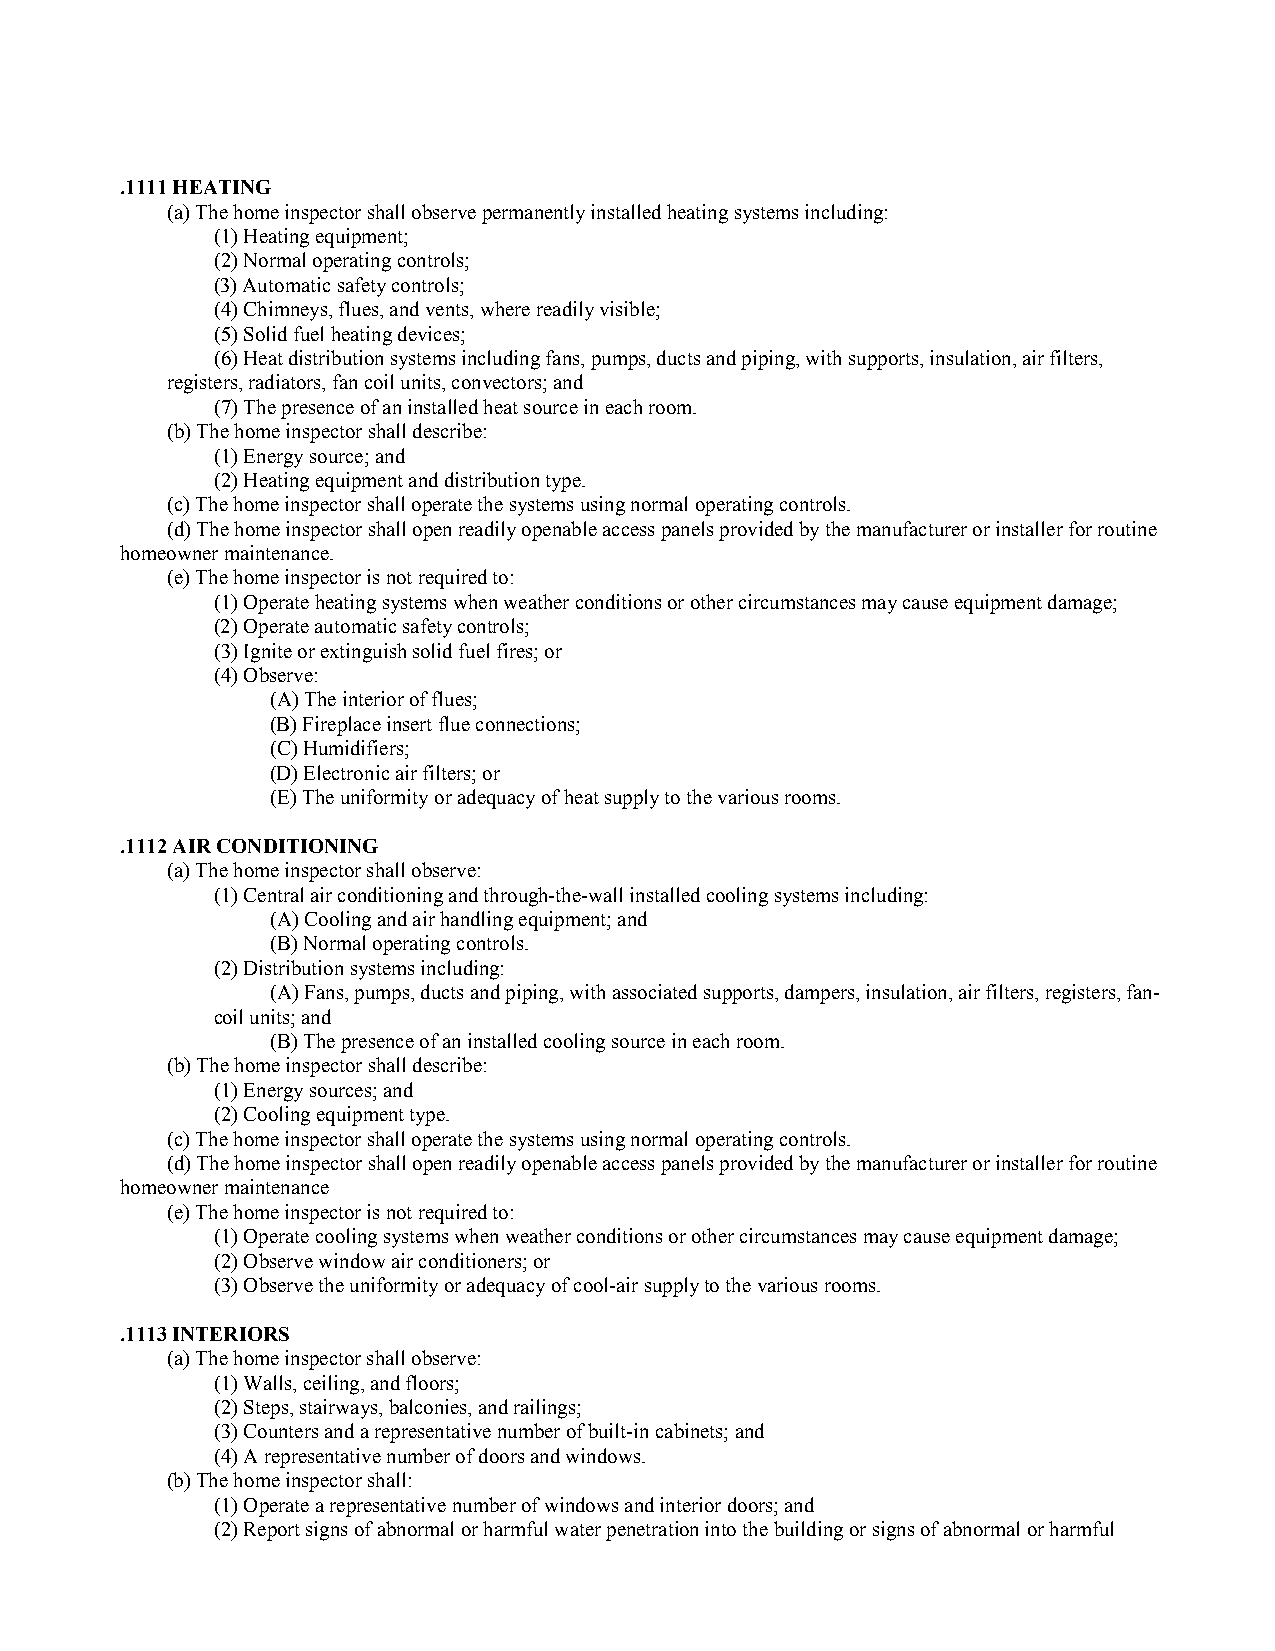
.1111 HEATING
 (a) The home inspector shall observe permanently installed heating systems including:
 (1) Heating equipment;
 (2) Normal operating controls;
 (3) Automatic safety controls;
 (4) Chimneys, flues, and vents, where readily visible;
 (5) Solid fuel heating devices;
 (6) Heat distribution systems including fans, pumps, ducts and piping, with supports, insulation, air filters,
 registers, radiators, fan coil units, convectors; and
 (7) The presence of an installed heat source in each room.
 (b) The home inspector shall describe:
 (1) Energy source; and
 (2) Heating equipment and distribution type.
 (c) The home inspector shall operate the systems using normal operating controls.
 (d) The home inspector shall open readily openable access panels provided by the manufacturer or installer for routine
 homeowner maintenance.
 (e) The home inspector is not required to:
 (1) Operate heating systems when weather conditions or other circumstances may cause equipment damage;
 (2) Operate automatic safety controls;
 (3) Ignite or extinguish solid fuel fires; or
 (4) Observe:
 (A) The interior of flues;
 (B) Fireplace insert flue connections;
 (C) Humidifiers;
 (D) Electronic air filters; or
 (E) The uniformity or adequacy of heat supply to the various rooms.
 .1112 AIR CONDITIONING
 (a) The home inspector shall observe:
 (1) Central air conditioning and through-the-wall installed cooling systems including:
 (A) Cooling and air handling equipment; and
 (B) Normal operating controls.
 (2) Distribution systems including:
 (A) Fans, pumps, ducts and piping, with associated supports, dampers, insulation, air filters, registers, fan-
 coil units; and
 (B) The presence of an installed cooling source in each room.
 (b) The home inspector shall describe:
 (1) Energy sources; and
 (2) Cooling equipment type.
 (c) The home inspector shall operate the systems using normal operating controls.
 (d) The home inspector shall open readily openable access panels provided by the manufacturer or installer for routine
 homeowner maintenance
 (e) The home inspector is not required to:
 (1) Operate cooling systems when weather conditions or other circumstances may cause equipment damage;
 (2) Observe window air conditioners; or
 (3) Observe the uniformity or adequacy of cool-air supply to the various rooms.
 .1113 INTERIORS
 (a) The home inspector shall observe:
 (1) Walls, ceiling, and floors;
 (2) Steps, stairways, balconies, and railings;
 (3) Counters and a representative number of built-in cabinets; and
 (4) A representative number of doors and windows.
 (b) The home inspector shall:
 (1) Operate a representative number of windows and interior doors; and
 (2) Report signs of abnormal or harmful water penetration into the building or signs of abnormal or harmful